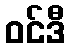
ဝင်ဒီ